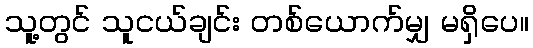
သူ့တွင် သူငယ်ချင်း တစ်ယောက်မျှ မရှိပေ။